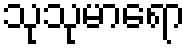
သုသုမာရော